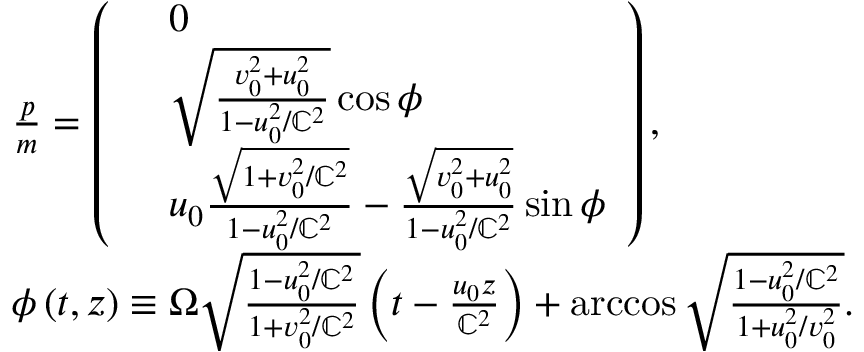
\begin{array} { r l } & { \frac { \boldsymbol { p } } { m } = \left( \begin{array} { r l } & { 0 } \\ & { \sqrt { \frac { v _ { 0 } ^ { 2 } + u _ { 0 } ^ { 2 } } { 1 - u _ { 0 } ^ { 2 } / \mathbb { C } ^ { 2 } } } \cos \phi } \\ & { u _ { 0 } \frac { \sqrt { 1 + v _ { 0 } ^ { 2 } / \mathbb { C } ^ { 2 } } } { 1 - u _ { 0 } ^ { 2 } / \mathbb { C } ^ { 2 } } - \frac { \sqrt { v _ { 0 } ^ { 2 } + u _ { 0 } ^ { 2 } } } { 1 - u _ { 0 } ^ { 2 } / \mathbb { C } ^ { 2 } } \sin \phi } \end{array} \right) , } \\ & { \phi \left( t , z \right) \equiv \Omega \sqrt { \frac { 1 - u _ { 0 } ^ { 2 } / \mathbb { C } ^ { 2 } } { 1 + v _ { 0 } ^ { 2 } / \mathbb { C } ^ { 2 } } } \left( t - \frac { u _ { 0 } z } { \mathbb { C } ^ { 2 } } \right) + \operatorname { a r c c o s } \sqrt { \frac { 1 - u _ { 0 } ^ { 2 } / \mathbb { C } ^ { 2 } } { 1 + u _ { 0 } ^ { 2 } / v _ { 0 } ^ { 2 } } } . } \end{array}